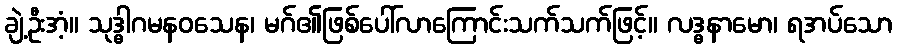
ချဲ့ဦးအံ့။ သုဒ္ဓါဂမနဝသေန၊ မဂ်၏ဖြစ်ပေါ်လာကြောင်းသက်သက်ဖြင့်။ လဒ္ဓနာမော၊ ရအပ်သော